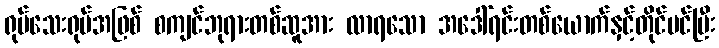
ရုပ်သေးရုပ်အဖြစ် စကျင်ဘုရားတစ်ဆူအား လာရသော အဒေါ်ရင်းတစ်ယောက်နှင့်တိုင်ပင်ပြီး